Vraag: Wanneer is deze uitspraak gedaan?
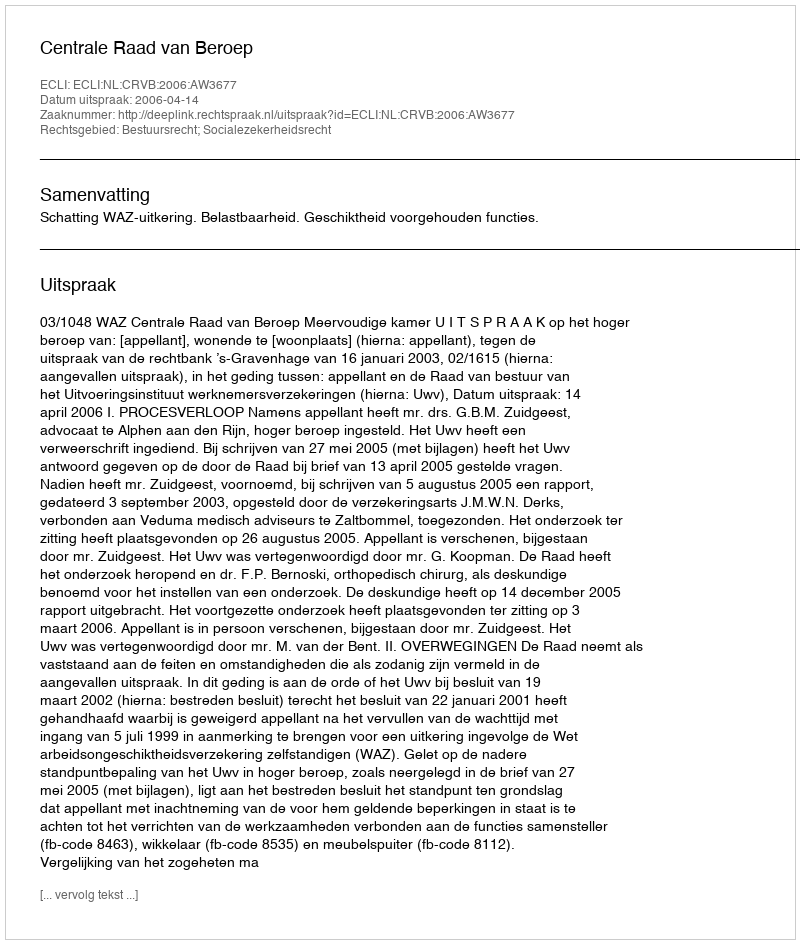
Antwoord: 2006-04-14